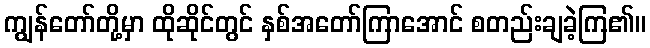
ကျွန်တော်တို့မှာ ထိုဆိုင်တွင် နှစ်အတော်ကြာအောင် စတည်းချခဲ့ကြ၏။